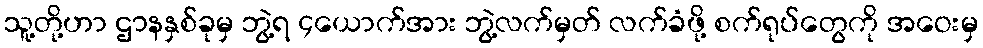
သူ့တို့ဟာ ဌာနနှစ်ခုမှ ဘွဲ့ရ ၄ယောက်အား ဘွဲ့လက်မှတ် လက်ခံဖို့ စက်ရုပ်တွေကို အဝေးမှ